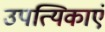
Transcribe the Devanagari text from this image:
उपत्यिकाएं